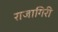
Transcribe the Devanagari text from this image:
राजागिरी